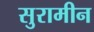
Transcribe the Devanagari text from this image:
सुरामीन